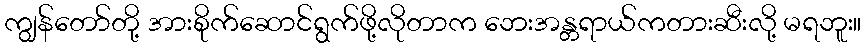
ကျွန်တော်တို့ အားစိုက်ဆောင်ရွက်ဖို့လိုတာက ဘေးအန္တရာယ်ကတားဆီးလို့ မရဘူး။